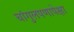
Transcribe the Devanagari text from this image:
चांगुलपणापेक्षा